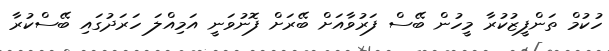
ހުކުމް ތަންފީޒުކުރާ މީހުން ބޭސް ފަރުވާއަށް ބޭރަށް ފޮނުވަނީ އަމިއްލަ ހަރަދުގައި ބޭސްކުރާ